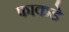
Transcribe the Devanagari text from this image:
फाकडे